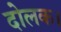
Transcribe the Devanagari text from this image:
दोलक।